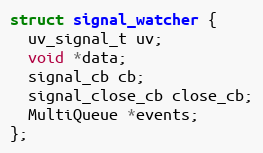
Language: C
struct signal_watcher {
  uv_signal_t uv;
  void *data;
  signal_cb cb;
  signal_close_cb close_cb;
  MultiQueue *events;
};